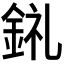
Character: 𨦂